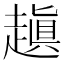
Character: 𧽍